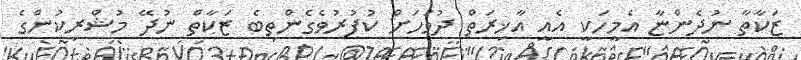
ޒަކާތާ ނުދެންޏާ އެމީހަކީ އެއީ އާޚިރަތް ދުވަހަށް ކުފުރުވެގެންތިބެ ޒަކާތް ނުދޭ މުޝްރިކުންގެ